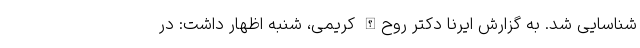
شناسایی شد. به گزارش ایرنا دکتر روح‌الله کریمی، شنبه اظهار داشت: در